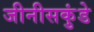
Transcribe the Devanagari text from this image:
जीनीसकुंडे